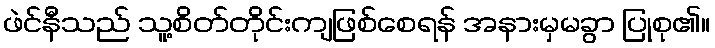
ဖဲင်နီသည် သူ့စိတ်တိုင်းကျဖြစ်စေရန် အနားမှမခွာ ပြုစု၏။